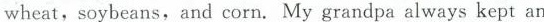
wheat,soybeans, and corn. My grandpa always kept an